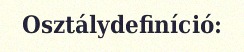
Osztálydefiníció: